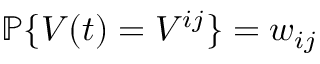
\mathbb { P } \{ V ( t ) = V ^ { i j } \} = w _ { i j }